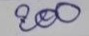
200